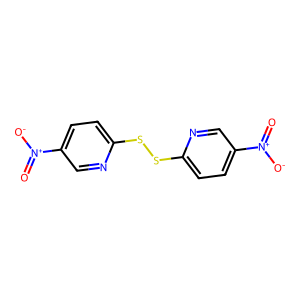
SMILES: O=[N+]([O-])c1ccc(SSc2ccc([N+](=O)[O-])cn2)nc1
Inhibits HIV replication: No